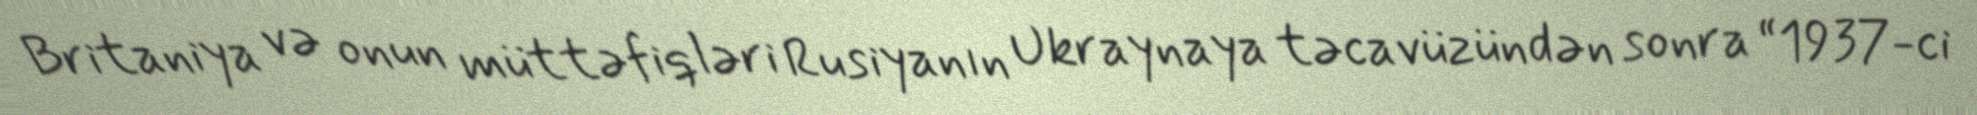
Britaniya və onun müttəfiqləri Rusiyanın Ukraynaya təcavüzündən sonra “1937-ci